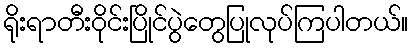
ရိုးရာတီးဝိုင်းပြိုင်ပွဲတွေပြုလုပ်ကြပါတယ်။